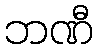
ဘဏီ